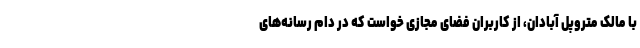
با مالک متروپل آبادان، از کاربران فضای مجازی خواست که در دام رسانه‌های